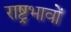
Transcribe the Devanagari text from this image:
राष्ट्रभावों